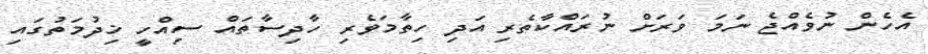
އެހެން ނުވެއްޖެ ނަމަ ވަރަށް ނުރައްކާތެރި އަދި ހިތާމަވެރި ހާދިސާތައް ސިއްހީ ޚިދުމަތުގައި